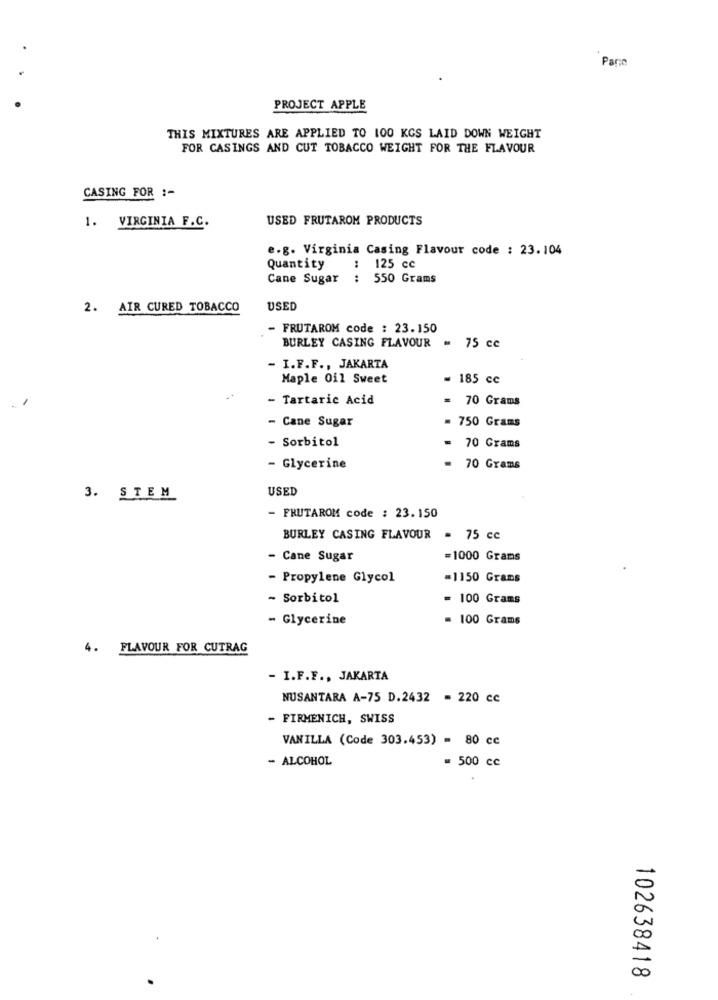
Parce
PROJECT APPLE
THIS MIXTURES ARE APPLIED TO 100 KGS LAID DOWN WEIGHT
FOR CASINGS AND CUT TOBACCO WEIGHT FOR THE FLAVOUR
CASING FOR :-
USED FRUTAROM PRODUCTS
1. VIRGINIA F.C.
e.g. Virginia Casing Flavour code : 23.104
Quantity
: 125 cc
Cane Sugar : 550 Grams
2. AIR CURED TOBACCO
USED
- FRUTAROM code : 23.150
BURLEY CASING FLAVOUR
= 75 cc
- I.F.F ., JAKARTA
Maple Oil Sweet
= 185 cc
- Tartaric Acid
.
70 Grams
- Cane Sugar
= 750 Grams
- Sorbitol
= 70 Grams
- Glycerine
= 70 Grams
USED
3. STEM
- FRUTAROM code : 23.150
BURLEY CASING FLAVOUR
= 75 cc
- Cane Sugar
=1000 Grams
- Propylene Glycol
=1150 Grams
- Sorbitol
= 100 Grams
- Glycerine
= 100 Grams
4. FLAVOUR FOR CUTRAG
- I.F.F ., JAKARTA
NUSANTARA A-75 D.2432 - 220 cc
- FIRMENICH, SWISS
VANILLA (Code 303.453) = 80 cc
- ALCOHOL
= 500 cc
102638418